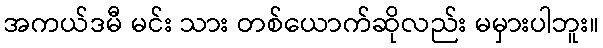
အကယ်ဒမီ မင်း သား တစ်ယောက်ဆိုလည်း မမှားပါဘူး။